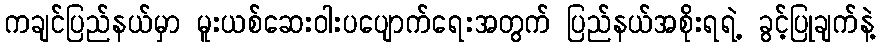
ကချင်ပြည်နယ်မှာ မူးယစ်ဆေးဝါးပပျောက်ရေးအတွက် ပြည်နယ်အစိုးရရဲ့ ခွင့်ပြုချက်နဲ့